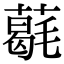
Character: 𦼵